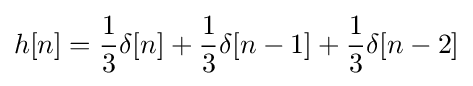
h[n]={\frac {1}{3}}\delta [n]+{\frac {1}{3}}\delta [n-1]+{\frac {1}{3}}\delta [n-2]